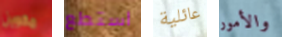
مكوين استطع عائلية والأمور